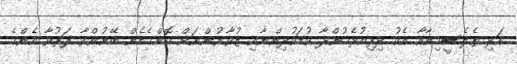
އަދި ތެލެސީމިއާއާ އެކު ދިރިއުޅެމުންދާ ކުޑަކުދިންނާއި ޒުވާނުންނަށް ކޮންމެހެން ބޭނުންވާ ފަރުވާ އެންމެ